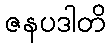
ဇနပဒါတိ